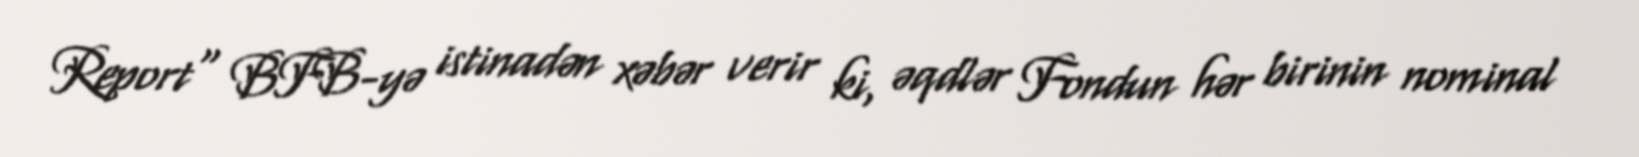
Report" BFB-yə istinadən xəbər verir ki, əqdlər Fondun hər birinin nominal